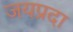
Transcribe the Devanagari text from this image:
जयप्रदा